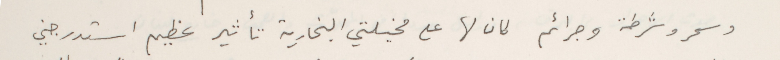
وسحر وشرطة وجرائم كان لها على مخيلتي البخارية تأثير عظيم استدرجني